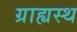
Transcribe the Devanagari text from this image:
ग्राह्यस्थ